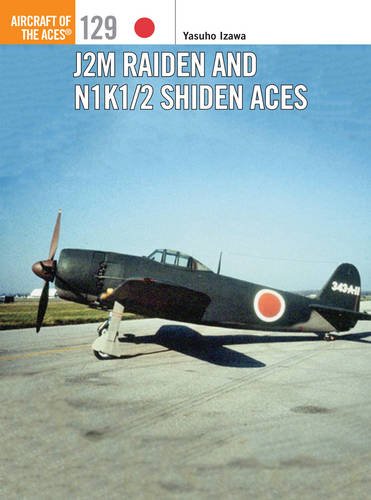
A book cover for J2M Raiden and N1K1/2 Shiden Aces (Aircraft of the Aces); Yasuho Izawa; History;